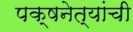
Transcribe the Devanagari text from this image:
पक्षनेत्यांची